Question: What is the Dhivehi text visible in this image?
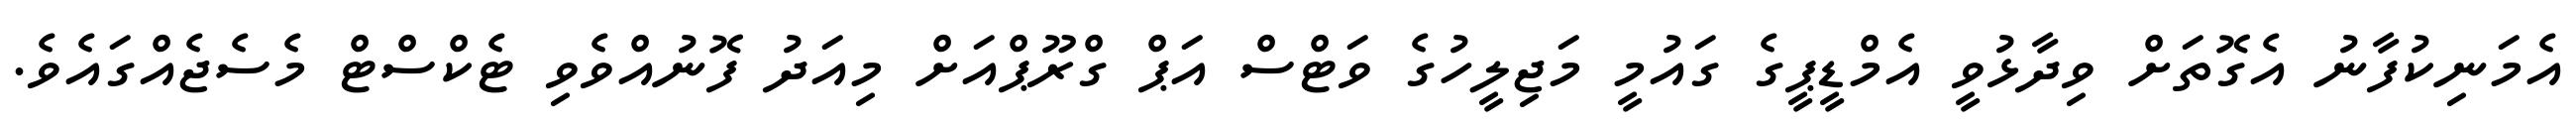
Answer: އެމަނިކުފާނު އެގޮތަށް ވިދާޅުވީ އެމްޑީޕީގެ ގައުމީ މަޖިލީހުގެ ވަޓްސް އަޕް ގްރޫޕްއަށް މިއަދު ފޮނުއްވެވި ޓެކްސްޓް މެސެޖެއްގައެވެ.